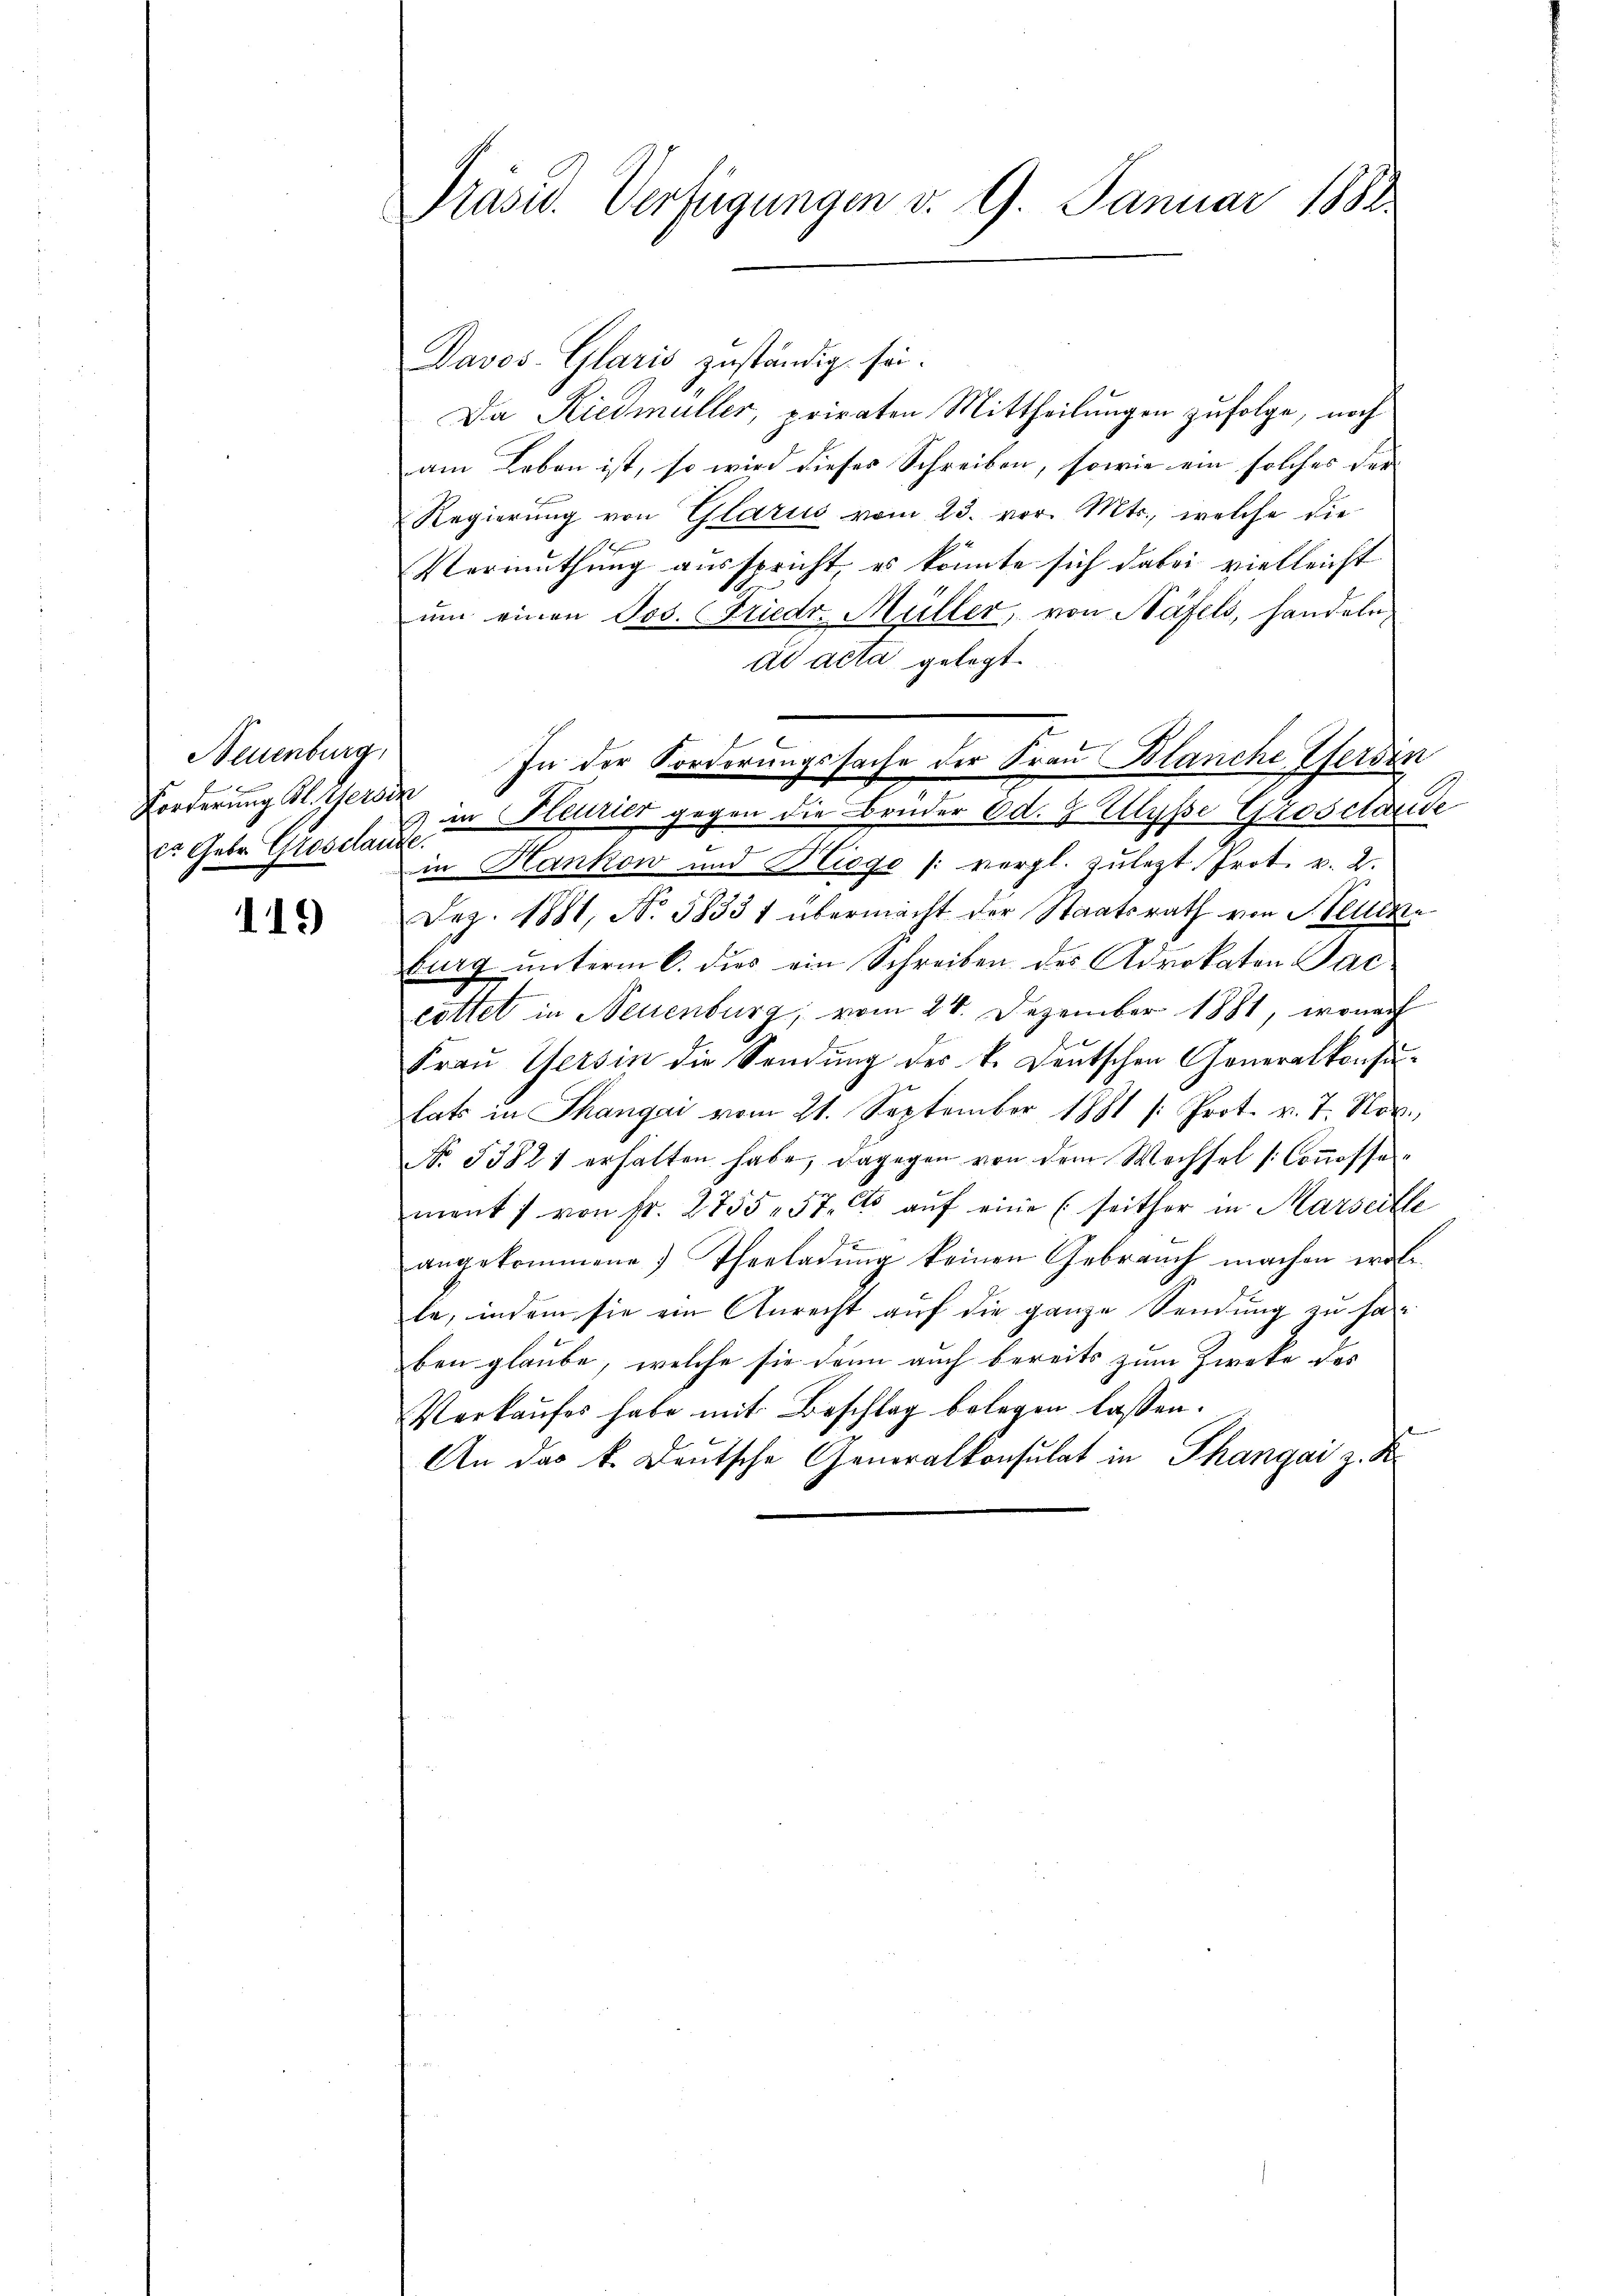
Neuenburg,
Forderung Bl. Gerade
ca Gebr. Grossante.

119

Davos- Glaris zuständig sei.
Da Riedmüller, privaten Mittheilungen zufolge, noch
am Leben ist, so wird dieses Schreiben, sowie ein solches der |
Regierung von Glarus vom 23. vor. Mts., welche die

Vermuthung ausspricht, es könnte sich dabei vielleicht
um einen Jos. Friedr. Müller, von Näfels, handeln,
ad acta gelegt.
in Heurier gegen die Brüder od. 8 lyse Grosstande
.
in Hankow und Riege (vergl. zulezt Prot. v. 2.
Dez. 1881, No. 58331 übermacht der Staatsrath von Blutze
burg unterm 6. dies ein Schreiben des Advokaton Pac
cottet in Neuenburg, vom 24. Dezember 1881, wonach
Frau Gersin die Sendung des k. Deutschen Generalkonsulats in Thangai vom 21. September 1881 /: Prot. v. 7. Nov.
No. 53821 erhalten habe, dagegen von dem Wechsel (Conosse-
ment von fr. 2755. 57. 60 aŭf eine (seither in Marseille
angekommene Therladung keinen Gebrauch machen woll
le, indem sie ein Anrecht auf die ganze Sendung zu han
ben glaube, welche sie dann auch bereits zum Zwecke des
Verkaufes habe mit Beschlag belegen lassen.
 Kenn
An das k. Deutsche Generalkonsulat in Thangai z. B.

Präsid. Verfügungen v. 9. Januar 1881.

In der Forderungssache der Frau Blanche Pferdin